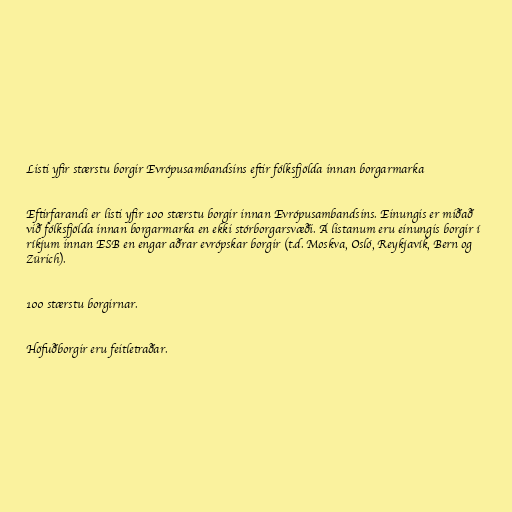
Listi yfir stærstu borgir Evrópusambandsins eftir fólksfjölda innan borgarmarka

Eftirfarandi er listi yfir 100 stærstu borgir innan Evrópusambandsins. Einungis er miðað
við fólksfjölda innan borgarmarka en ekki stórborgarsvæði. Á listanum eru einungis borgir í
ríkjum innan ESB en engar aðrar evrópskar borgir (t.d. Moskva, Osló, Reykjavík, Bern og
Zürich).

100 stærstu borgirnar.

Höfuðborgir eru feitletraðar.